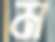
ম